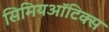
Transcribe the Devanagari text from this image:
सिमियऑटिक्स